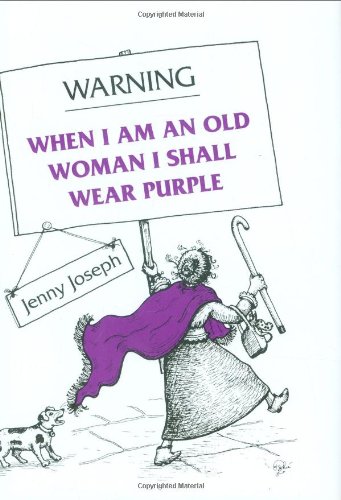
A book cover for Warning: When I Am an Old Woman I Shall Wear Purple; Jenny Joseph; Christian Books & Bibles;